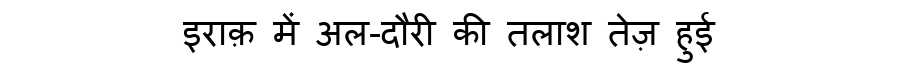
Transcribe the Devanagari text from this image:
इराक़ में अल-दौरी की तलाश तेज़ हुई